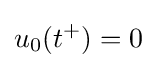
u_{0}(t^{+})=0